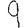
Digit: 9